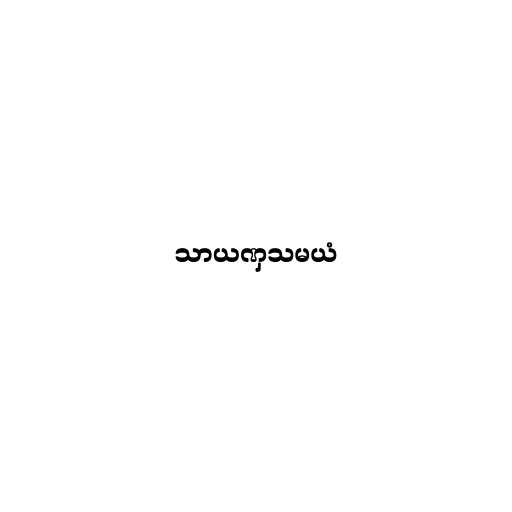
သာယဏှသမယံ